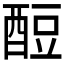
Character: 𫑶